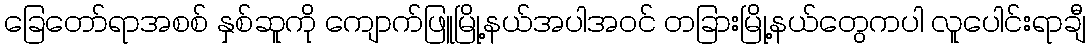
ခြေတော်ရာအစစ် နှစ်ဆူကို ကျောက်ဖြူမြို့နယ်အပါအဝင် တခြားမြို့နယ်တွေကပါ လူပေါင်းရာချီ